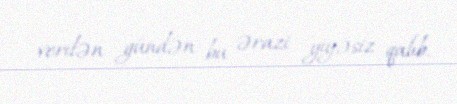
verilən gündən bu ərazi yiyəsiz qalıb.